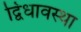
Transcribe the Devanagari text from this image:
द्विधावस्था